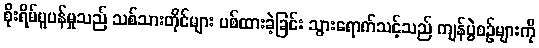
စိုးရိမ်ပူပန်မှုသည် သစ်သားတိုင်များ ပစ်ထားခဲ့ခြင်း သွားရောက်သင့်သည် ကျန်ပွဲစဉ်များကို